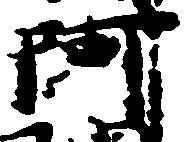
阿